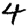
Digit: 4